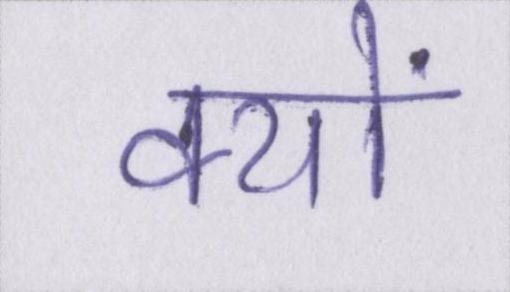
क्यों